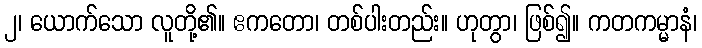
၂၊ ယောက်သော လူတို့၏။ ဧကတော၊ တစ်ပါးတည်း။ ဟုတွာ၊ ဖြစ်၍။ ကတကမ္မာနံ၊